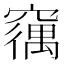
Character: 𮄘